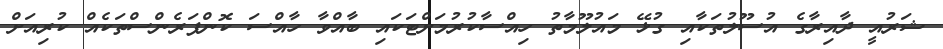
ޝަރުއީ ދާއިރާގެ އުސޫލުތަކާއި ގުޅޭ މައުލޫމާތު ހިއްސާކުރުމަށްޓަކައި ބާއްވާ ހާއްސަ ކޮންފަރެންސްތަކެއް ކުރިއަށް